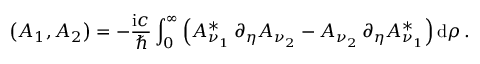
\left( A _ { 1 } , A _ { 2 } \right) = - \frac { \mathrm { i } c } { \hbar } \int _ { 0 } ^ { \infty } \left( A _ { \nu _ { 1 } } ^ { * } \, \partial _ { \eta } A _ { \nu _ { 2 } } - A _ { \nu _ { 2 } } \, \partial _ { \eta } A _ { \nu _ { 1 } } ^ { * } \right) \mathrm { d } \rho \, .